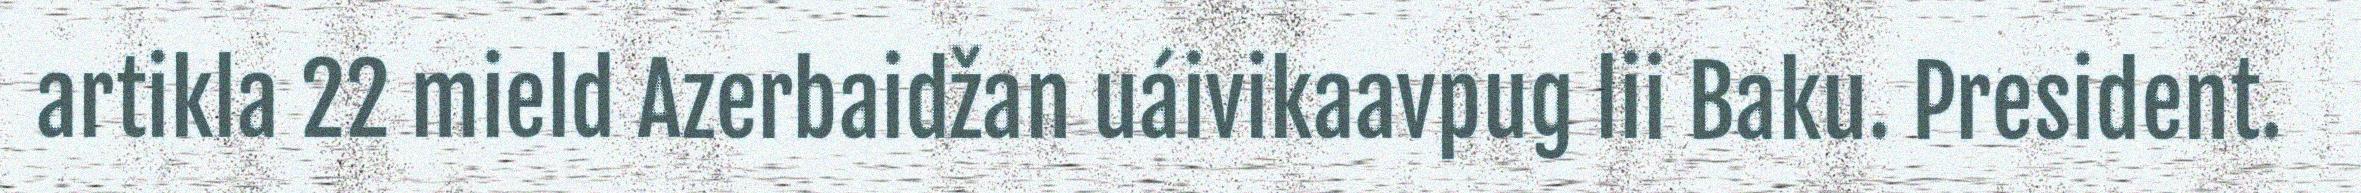
artikla 22 mield Azerbaidžan uáivikaavpug lii Baku. President.